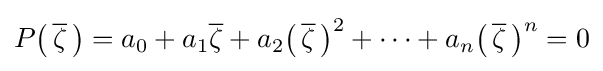
P{\big (}\,{\overline {\zeta }}\,{\big )}=a_{0}+a_{1}{\overline {\zeta }}+a_{2}{\big (}\,{\overline {\zeta }}\,{\big )}^{2}+\cdots +a_{n}{\big (}\,{\overline {\zeta }}\,{\big )}^{n}=0